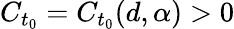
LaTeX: C_{t_{0}}=C_{t_{0}}(d,\alpha)>0